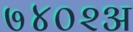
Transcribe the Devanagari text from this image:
७४०२अ